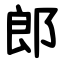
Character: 郎